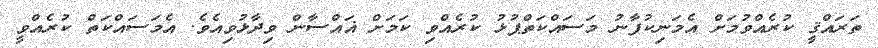
ތަރައްޤީ ކުރެއްވުމަށް އެމަނިކުފާނު މަސައްކަތްޕުޅު ކުރެއްވި ކަމަށް ޣައްސާން ވިދާޅުވިއެވެ. އެމަސައްކަތް ކުރެއްވީ